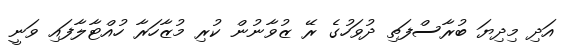
އަދި މިދިޔަ ބުރާސްފަތި ދުވަހުގެ ރޭ ޒުވާނުން ކުރި މުޒާހަރާ ހުއްޓާލާފައި ވަނީ